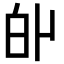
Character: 𤽆